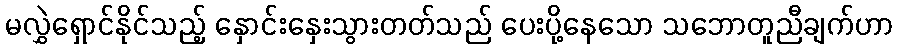
မလွှဲရှောင်နိုင်သည့် နှောင်းနှေးသွားတတ်သည် ပေးပို့နေသော သဘောတူညီချက်ဟာ